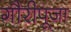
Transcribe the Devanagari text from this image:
गौरीपूजा